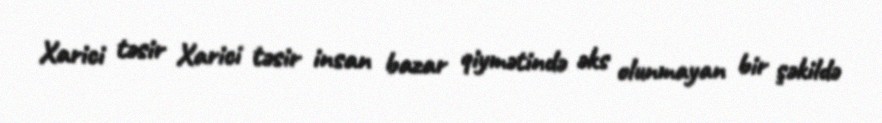
Xarici təsir Xarici təsir insan bazar qiymətində əks olunmayan bir şəkildə